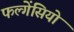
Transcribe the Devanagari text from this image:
फल्गेंसियो